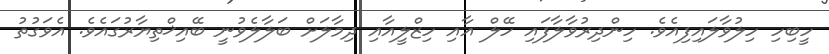
ހީބިހި ހިލުވާލައިފިއެވެ. ހިންދިރުވާލާފައި ހޭލް އާއި ހިޒްލީއާއި ދިމާލަށް ބަލާލެވުނީ ބޭއިޚްތިޔާރުގައެވެ. އެވަގުތު